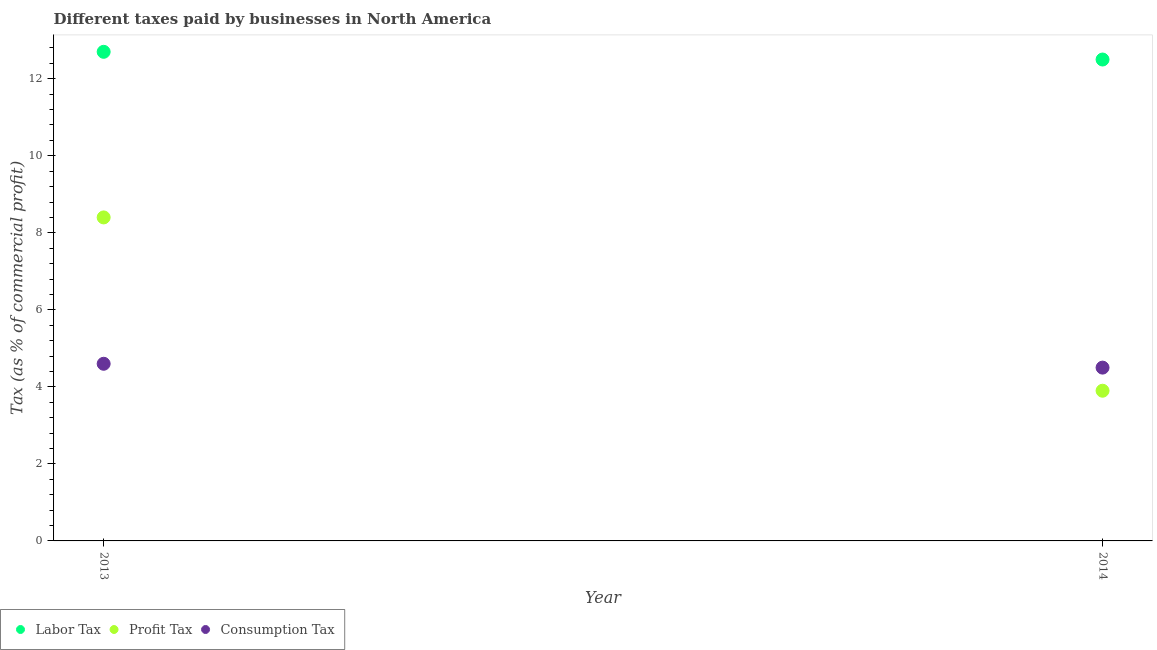
| Year | Labor Tax | Profit Tax | Consumption Tax |
 | --- | --- | --- | --- |
 | 2013 | 12.7 | 8.4 | 4.6 |
 | 2014 | 12.5 | 3.9 | 4.5 |